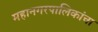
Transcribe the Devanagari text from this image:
महानगरपालिकांचा